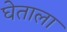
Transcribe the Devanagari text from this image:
घेताला